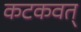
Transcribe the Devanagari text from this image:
कटकवत्